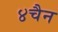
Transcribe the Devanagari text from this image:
४चैन